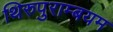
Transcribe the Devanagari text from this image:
थिरुपुराम्बयम